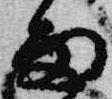
雨